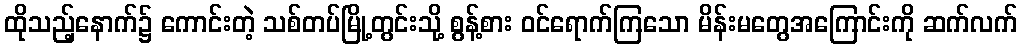
ထိုသည့်နောက်၌ ကောင်းတဲ့ သစ်တပ်မြို့တွင်းသို့ စွန့်စား ဝင်ရောက်ကြသော မိန်းမတွေအကြောင်းကို ဆက်လက်